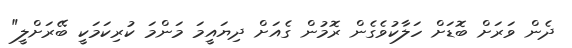
ދެން ވަރަށް ބޮޑަށް ހަލާކުވެގެން ރޮމުން ގެއަށް ދިޔައީމަ މަންމަ ކުރިކަމަކީ ބޭރަށްލީ"